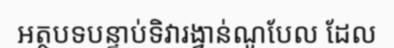
អត្ថបទបន្ទាប់ទិវារង្វាន់ណូបែល ដែល